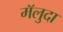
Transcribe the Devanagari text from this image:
मॅलुदा